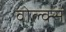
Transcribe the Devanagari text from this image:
वोल्क्स